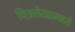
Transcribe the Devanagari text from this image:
चित्रलेखामध्ये